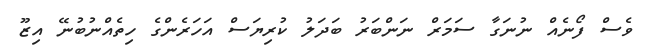
ވެސް ފޯނެއް ނުނަގާ ސަމަރް ނަންބަރު ބަދަލު ކުރިޔަސް އަހަރެންގެ ހިތެއްނުބުނޭ އިޒޫ